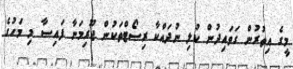
މީގެ އިތުރުން ގަވައިދުން ކުލި ނުދައްކާ ރިސޯޓްތަކުން ޖޫރިމަނާ ފައިސާ މި މަހުގެ